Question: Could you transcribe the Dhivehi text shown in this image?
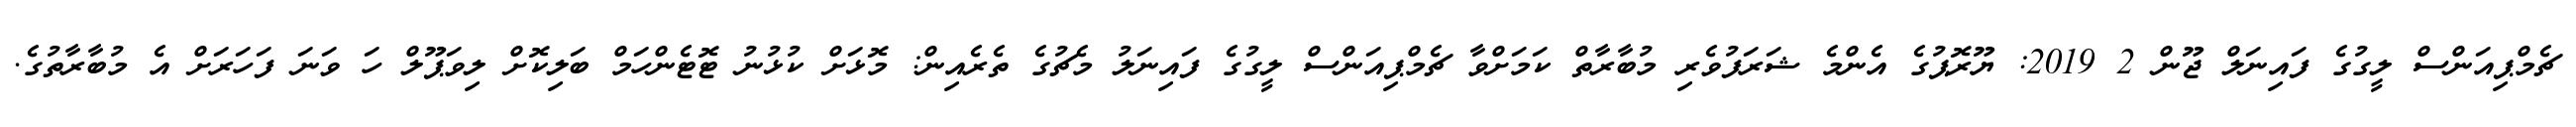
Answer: ޗެމްޕިއަންސް ލީގުގެ ފައިނަލް ޖޫން 2 2019: ޔޫރޮޕުގެ އެންމެ ޝަރަފުވެރި މުބާރާތް ކަމަށްވާ ޗެމްޕިއަންސް ލީގުގެ ފައިނަލު މެޗުގެ ތެރެއިން: މޮޅަށް ކުޅުނު ޓޮޓެންހަމް ބަލިކޮށް ލިވަޕޫލް ހަ ވަނަ ފަހަރަށް އެ މުބާރާތުގެ.